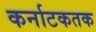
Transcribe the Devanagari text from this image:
कर्नाटकतक